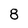
Character: 8